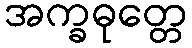
အက္ခဓုတ္တေ